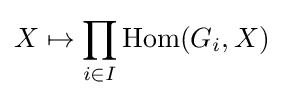
X\mapsto \prod _{i\in I}\operatorname {Hom} (G_{i},X)